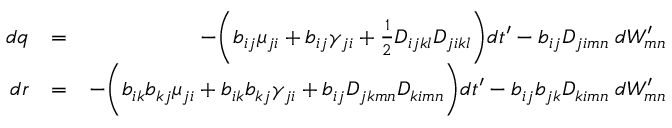
\begin{array} { r l r } { d q } & { = } & { - \bigg ( b _ { i j } \mu _ { j i } + b _ { i j } \gamma _ { j i } + \frac { 1 } { 2 } D _ { i j k l } D _ { j i k l } \bigg ) d t ^ { \prime } - b _ { i j } D _ { j i m n } \; d W _ { m n } ^ { \prime } } \\ { d r } & { = } & { - \bigg ( b _ { i k } b _ { k j } \mu _ { j i } + b _ { i k } b _ { k j } \gamma _ { j i } + b _ { i j } D _ { j k m n } D _ { k i m n } \bigg ) d t ^ { \prime } - b _ { i j } b _ { j k } D _ { k i m n } \; d W _ { m n } ^ { \prime } } \end{array}